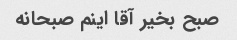
صبح بخیر آقا اینم صبحانه